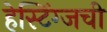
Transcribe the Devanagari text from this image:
हेस्टिंग्जची